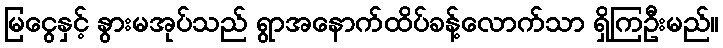
မြငွေနှင့် နွားမအုပ်သည် ရွာအနောက်ထိပ်ခန့်လောက်သာ ရှိကြဦးမည်။